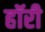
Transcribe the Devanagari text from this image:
हॉरी